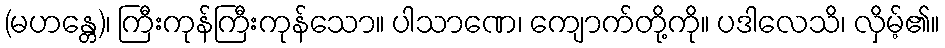
(မဟန္တေ)၊ ကြီးကုန်ကြီးကုန်သော။ ပါသာဏေ၊ ကျောက်တို့ကို။ ပဒါလေသိ၊ လှိမ့်၏။